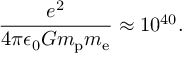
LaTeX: { \frac { e ^ { 2 } } { 4 \pi \epsilon _ { 0 } G m _ { \mathrm { p } } m _ { \mathrm { e } } } } \approx 1 0 ^ { 4 0 } .